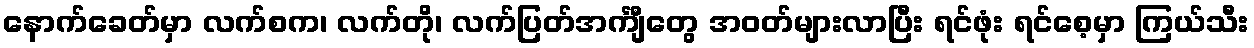
နောက်ခေတ်မှာ လက်စက၊ လက်တို၊ လက်ပြတ်အင်္ကျီတွေ အဝတ်များလာပြီး ရင်ဖုံး ရင်စေ့မှာ ကြယ်သီး